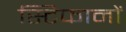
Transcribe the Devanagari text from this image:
स्टिफानों